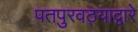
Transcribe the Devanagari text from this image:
पतपुरवठ्याद्वारे